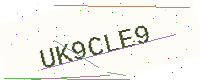
Text: UK9CLE9